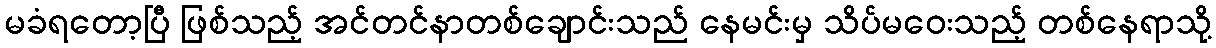
မခံရတော့ပြီ ဖြစ်သည့် အင်တင်နာတစ်ချောင်းသည် နေမင်းမှ သိပ်မဝေးသည့် တစ်နေရာသို့